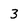
Character: 3